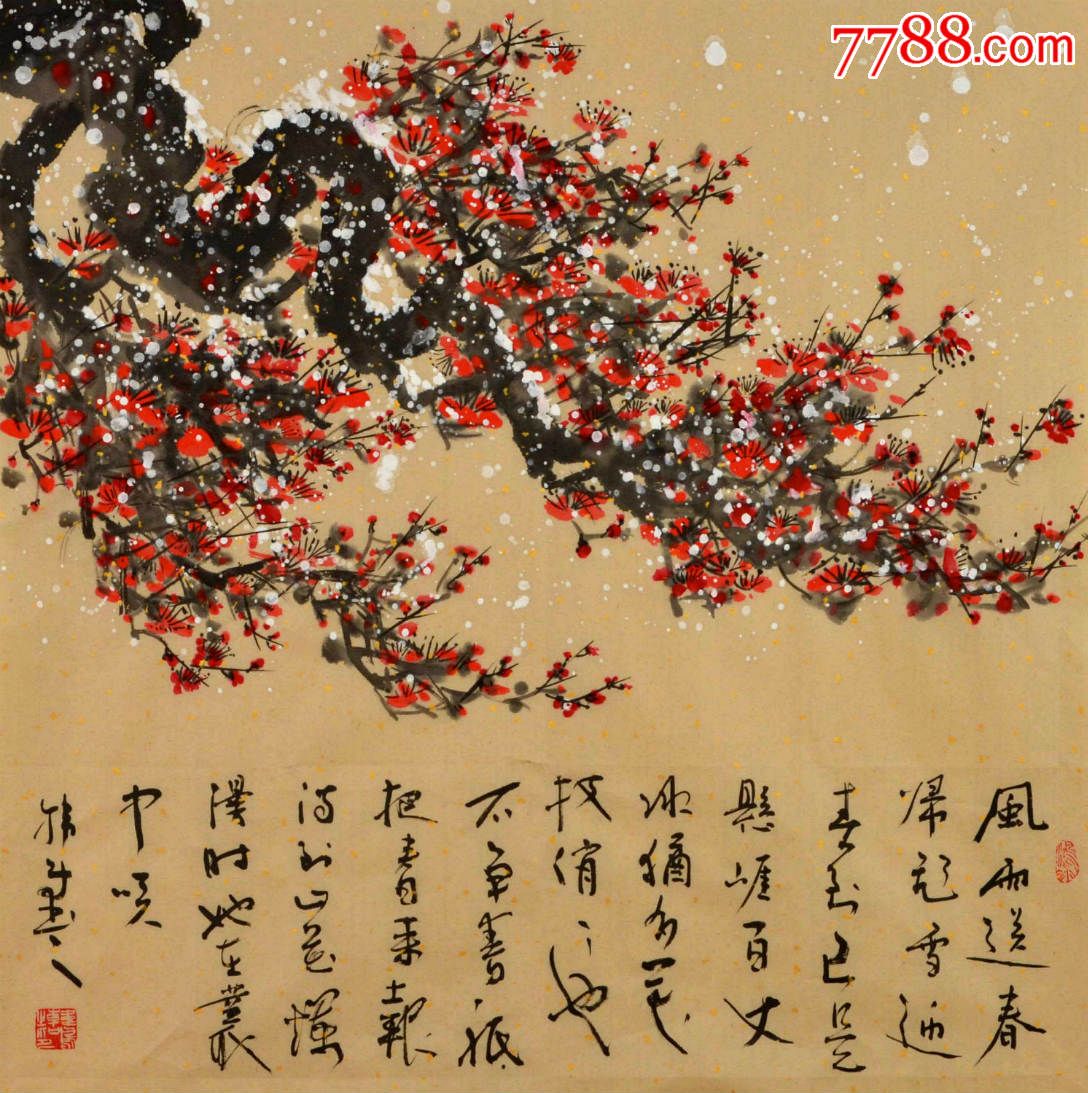
风雨送春归，飞雪迎春到。